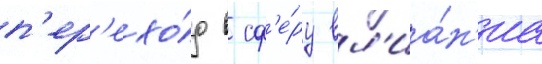
п'ер'ехо́д в сф'е́ру вл'иа́н'иа